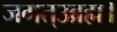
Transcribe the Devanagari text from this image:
जगत्उब्रह्म।